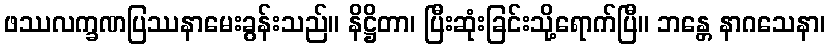
ဖဿလက္ခဏပြဿနာမေးခွန်းသည်။ နိဋ္ဌိတာ၊ ပြီးဆုံးခြင်းသို့ရောက်ပြီ။ ဘန္တေ နာဂသေနာ၊